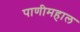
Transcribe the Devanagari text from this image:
पाणीमहाल